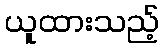
ယူထားသည့်